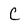
Character: C